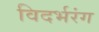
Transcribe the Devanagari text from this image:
विदर्भरंग